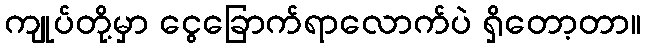
ကျုပ်တို့မှာ ငွေခြောက်ရာလောက်ပဲ ရှိတော့တာ။